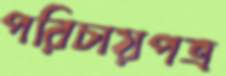
পরিচায়পত্র